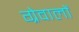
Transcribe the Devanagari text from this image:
ग्रेवालों